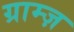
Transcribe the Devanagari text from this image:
ग्राम्ज़